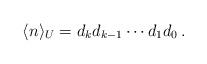
LaTeX: \begin{align*}\langle n \rangle_U=d_kd_{k-1}\cdots d_1d_0\,.\end{align*}